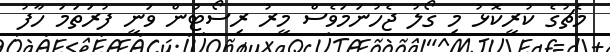
މެޗުގެ ކުރީކޮޅު މި ގޯލު ޖެހުނަމަވެސް މީރު ރިސޯޓުން ވަނީ ފުރަތަމަ ހާފު